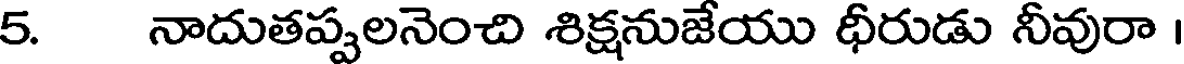
5. నాదుతప్పలనెంచి శిక్షనుజేయు ధీరుడు నీవురా